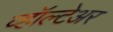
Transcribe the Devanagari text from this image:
व्हॉल्टेअर